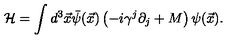
{ \cal H } = \int d ^ { 3 } { \vec { x } } \bar { \psi } ( { \vec { x } } ) \left( - i \gamma ^ { j } \partial _ { j } + M \right) \psi ( { \vec { x } } ) .